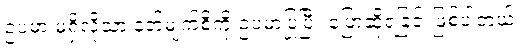
ဥပမာ မရှိလို့သာ နတ်မျက်စိကို ဥပမာပြုပြီး ပြောဆိုရခြင်းဖြစ်ပါတယ်၊